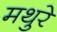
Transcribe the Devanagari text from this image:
मथुरे